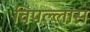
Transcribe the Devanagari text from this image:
विपल्लास